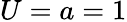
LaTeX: U=a=1